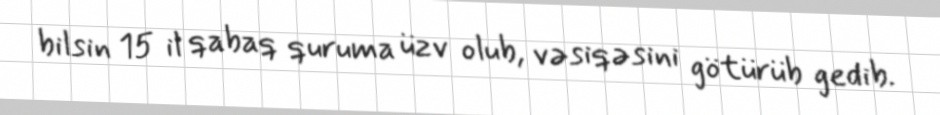
bilsin 15 il qabaq quruma üzv olub, vəsiqəsini götürüb gedib.